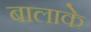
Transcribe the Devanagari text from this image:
बालाके